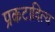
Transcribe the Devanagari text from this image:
प्रकटादित्य